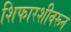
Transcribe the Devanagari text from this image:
शिफारशीवरून